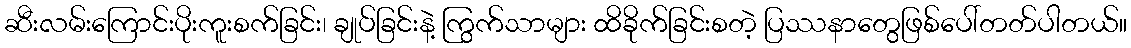
ဆီးလမ်းကြောင်းပိုးကူးစက်ခြင်း၊ ချုပ်ခြင်းနဲ့ ကြွက်သာများ ထိခိုက်ခြင်းစတဲ့ ပြဿနာတွေဖြစ်ပေါ်တတ်ပါတယ်။